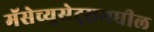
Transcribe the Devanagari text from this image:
मॅसेच्युसेट्समधील